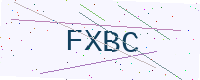
Text: FXBC